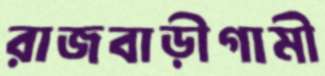
রাজবাড়ীগামী